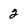
Character: 2